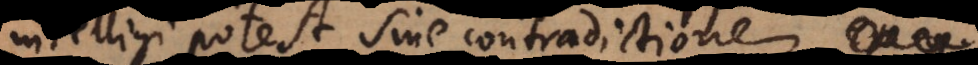
intelligi potestsine contradictione, erg